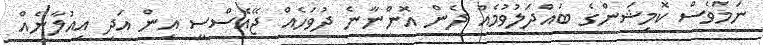
ނަމަވެސް ކޮމިޝަންގެ ބައްދަލުވުމެއް ދެން އޮންނާނެ ދުވަހެއް ޖޭއެސްސީ އިން އަދި އިއުލާނެއް